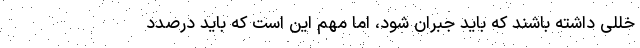
خللی داشته باشند که باید جبران شود، اما مهم این است که باید درصدد